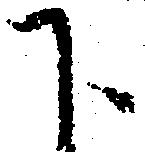
下